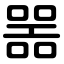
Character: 噐